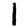
Digit: 1